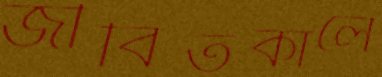
জীবিতকালে